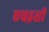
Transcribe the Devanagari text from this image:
एचइसी